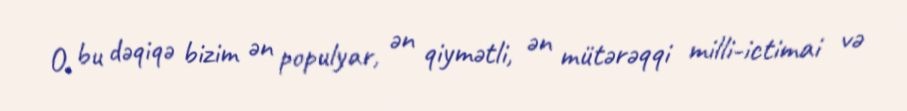
O, bu dəqiqə bizim ən populyar, ən qiymətli, ən mütərəqqi milli-ictimai və